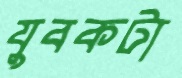
যুবকটা